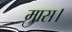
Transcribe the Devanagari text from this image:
मास।